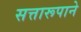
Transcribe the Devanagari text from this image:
सत्तारूपाने